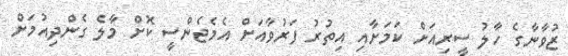
ޒުވާނާގެ ހާލު ސީރިއަށް ކަމަށާއި އިތުރު ފަރުވާއަށް އެމެޖެންސީ ކޮށް މާލެ ގެންދިއުމަށް